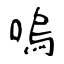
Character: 嗚